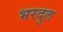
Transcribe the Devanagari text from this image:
भरदुल